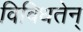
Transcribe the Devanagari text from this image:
विविधतेन्